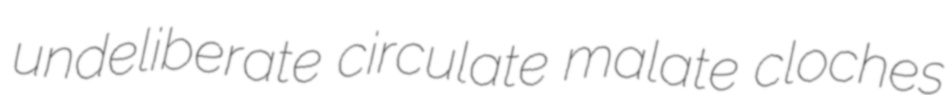
undeliberate circulate malate cloches